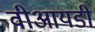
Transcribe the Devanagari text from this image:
वीआयडी